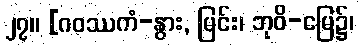
၂၇။ [ဂဝဿကံ-နွား, မြင်း၊ ဘုဝိ-မြေ၌၊